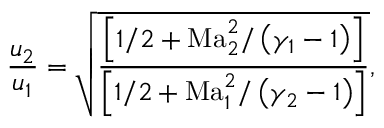
\frac { u _ { 2 } } { u _ { 1 } } = \sqrt { \frac { \left[ 1 / 2 + \mathrm { M a } _ { 2 } ^ { 2 } / \left( \gamma _ { 1 } - 1 \right) \right] } { \left[ 1 / 2 + \mathrm { M a } _ { 1 } ^ { 2 } / \left( \gamma _ { 2 } - 1 \right) \right] } } ,